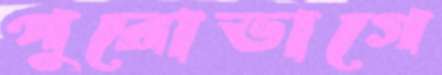
পুরোভাগে